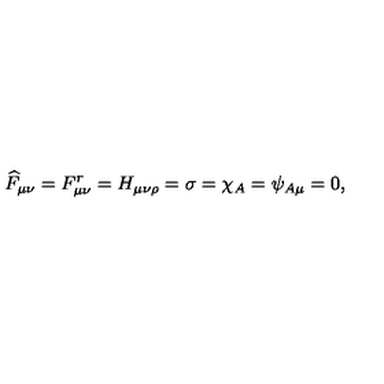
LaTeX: \widehat { F } _ { \mu \nu } = F _ { \mu \nu } ^ { r } = H _ { \mu \nu \rho } = \sigma = \chi _ { A } = \psi _ { A \mu } = 0 ,